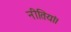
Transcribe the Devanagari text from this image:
नीतियां।